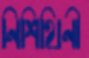
নিশিথিনী